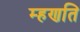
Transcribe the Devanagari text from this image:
म्हणति